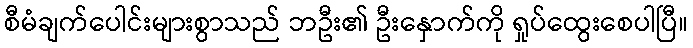
စီမံချက်ပေါင်းများစွာသည် ဘဦး၏ ဦးနှောက်ကို ရှုပ်ထွေးစေပါပြီ။